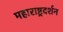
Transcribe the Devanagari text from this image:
महाराष्ट्रदर्शन